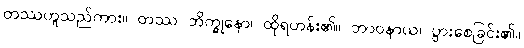
တဿဟူသည်ကား။ တဿ ဘိက္ခုနော၊ ထိုရဟန်း၏။ ဘာဝနာယ၊ ပွားစေခြင်း၏။